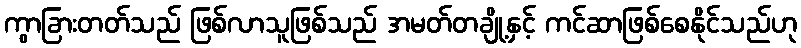
ကွာခြားတတ်သည် ဖြစ်လာသူဖြစ်သည် အမတ်တချို့နှင့် ကင်ဆာဖြစ်စေနိုင်သည်ဟု